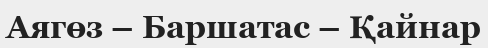
Аягөз – Баршатас – Қайнар